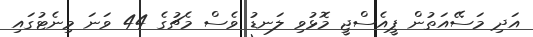
އަދި މަސޭއަތުން ޕީއެސްޖީ މޮޅުވި ލަނޑު ވެސް މެޗުގެ 44 ވަނަ މިނެޓުގައި